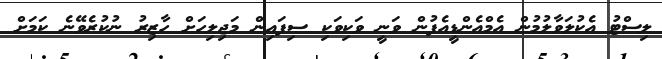
ލިސްޓު އެކުލަވާލުމުން އެމްއެންޑީއެފުން ވަނީ ވަކިވަކި ސިފައިން މަޖިލިހަށް ހާޒިރު ނުކުރެވޭނެ ކަމަށް